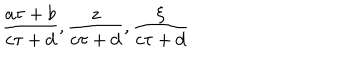
LaTeX: \frac { a \tau + b } { c \tau + d } , \frac { z } { c \tau + d } , \frac { \xi } { c \tau + d }